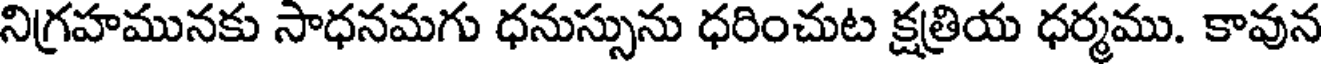
నిగ్రహమునకు సాధనమగు ధనుస్సును ధరించుట క్షత్రియ ధర్మము. కావున